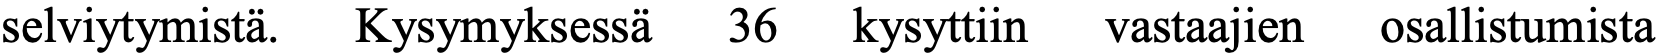
selviytymistä. Kysymyksessä 36 kysyttiin vastaajien osallistumista